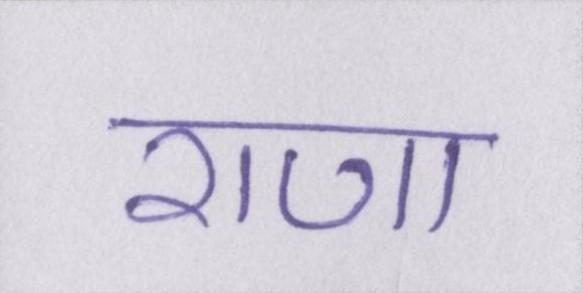
राणा